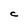
Character: C